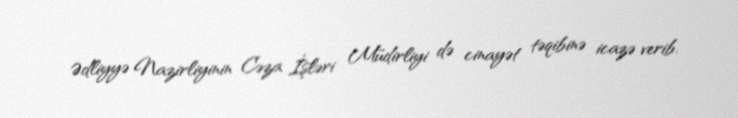
Ədliyyə Nazirliyinin Cəza İşləri Müdirliyi də cinayət təqibinə icazə verib.